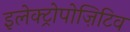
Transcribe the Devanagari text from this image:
इलेक्ट्रोपोज़िटिव